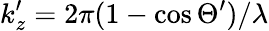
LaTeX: k_{z}^{\prime}=2\pi(1-\cos\Theta^{\prime})/\lambda